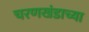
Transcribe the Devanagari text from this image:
चरणखंडाच्या